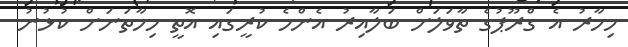
މިހާރު އެ ގްރޫޕުގެ ތާވަލަށް ބަލާއިރު އެންމެ ކުރީގައި އޮތީ މިހާތަނަށް ކުޅުނު